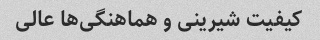
کیفیت شیرینی و هماهنگی‌ها عالی